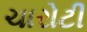
ચારોટી